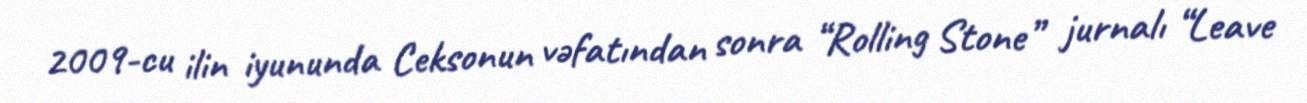
2009-cu ilin iyununda Ceksonun vəfatından sonra “Rolling Stone” jurnalı “Leave